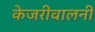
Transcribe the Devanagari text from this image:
केजरीवालनी